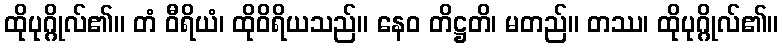
ထိုပုဂ္ဂိုလ်၏။ တံ ဝီရိယံ၊ ထိုဝိရိယသည်။ နေဝ တိဋ္ဌတိ၊ မတည်။ တဿ၊ ထိုပုဂ္ဂိုလ်၏။